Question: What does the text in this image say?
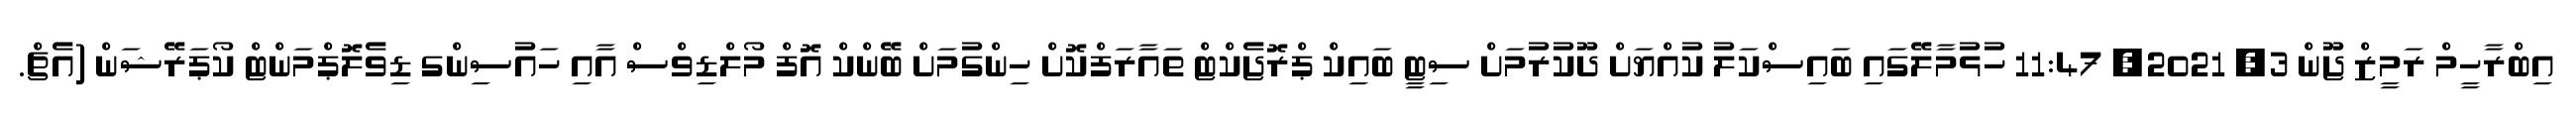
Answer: އިބްރާހީމް ރަމީޒް ޖޫން 3, 2021, 11:47 ހުޅުމާލޭގައި ބައިސްކަލު ކުއްޔަށް ދޫކުރުމަށް ސިޓީ ބައިކް ޕްރޮޖެކްޓް ތައާރަފްކޮށް ހިންގުމަށް ބޭންކް އޮފް މޯލްޑިވްސް އާއި ހައުސިންގ ޑިވެލޮޕްމަންޓް ކޯޕަރޭޝަން (އެޗް.